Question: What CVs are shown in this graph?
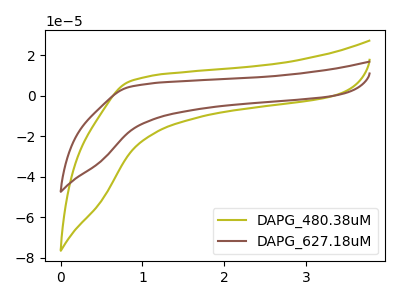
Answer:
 <answer>The olive curve is labeled "DAPG_480.38uM". The brown curve is labeled "DAPG_627.18uM".</answer>
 <eval></eval>